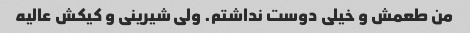
من طعمش و خیلی دوست نداشتم. ولی شیرینی و کیکش عالیه